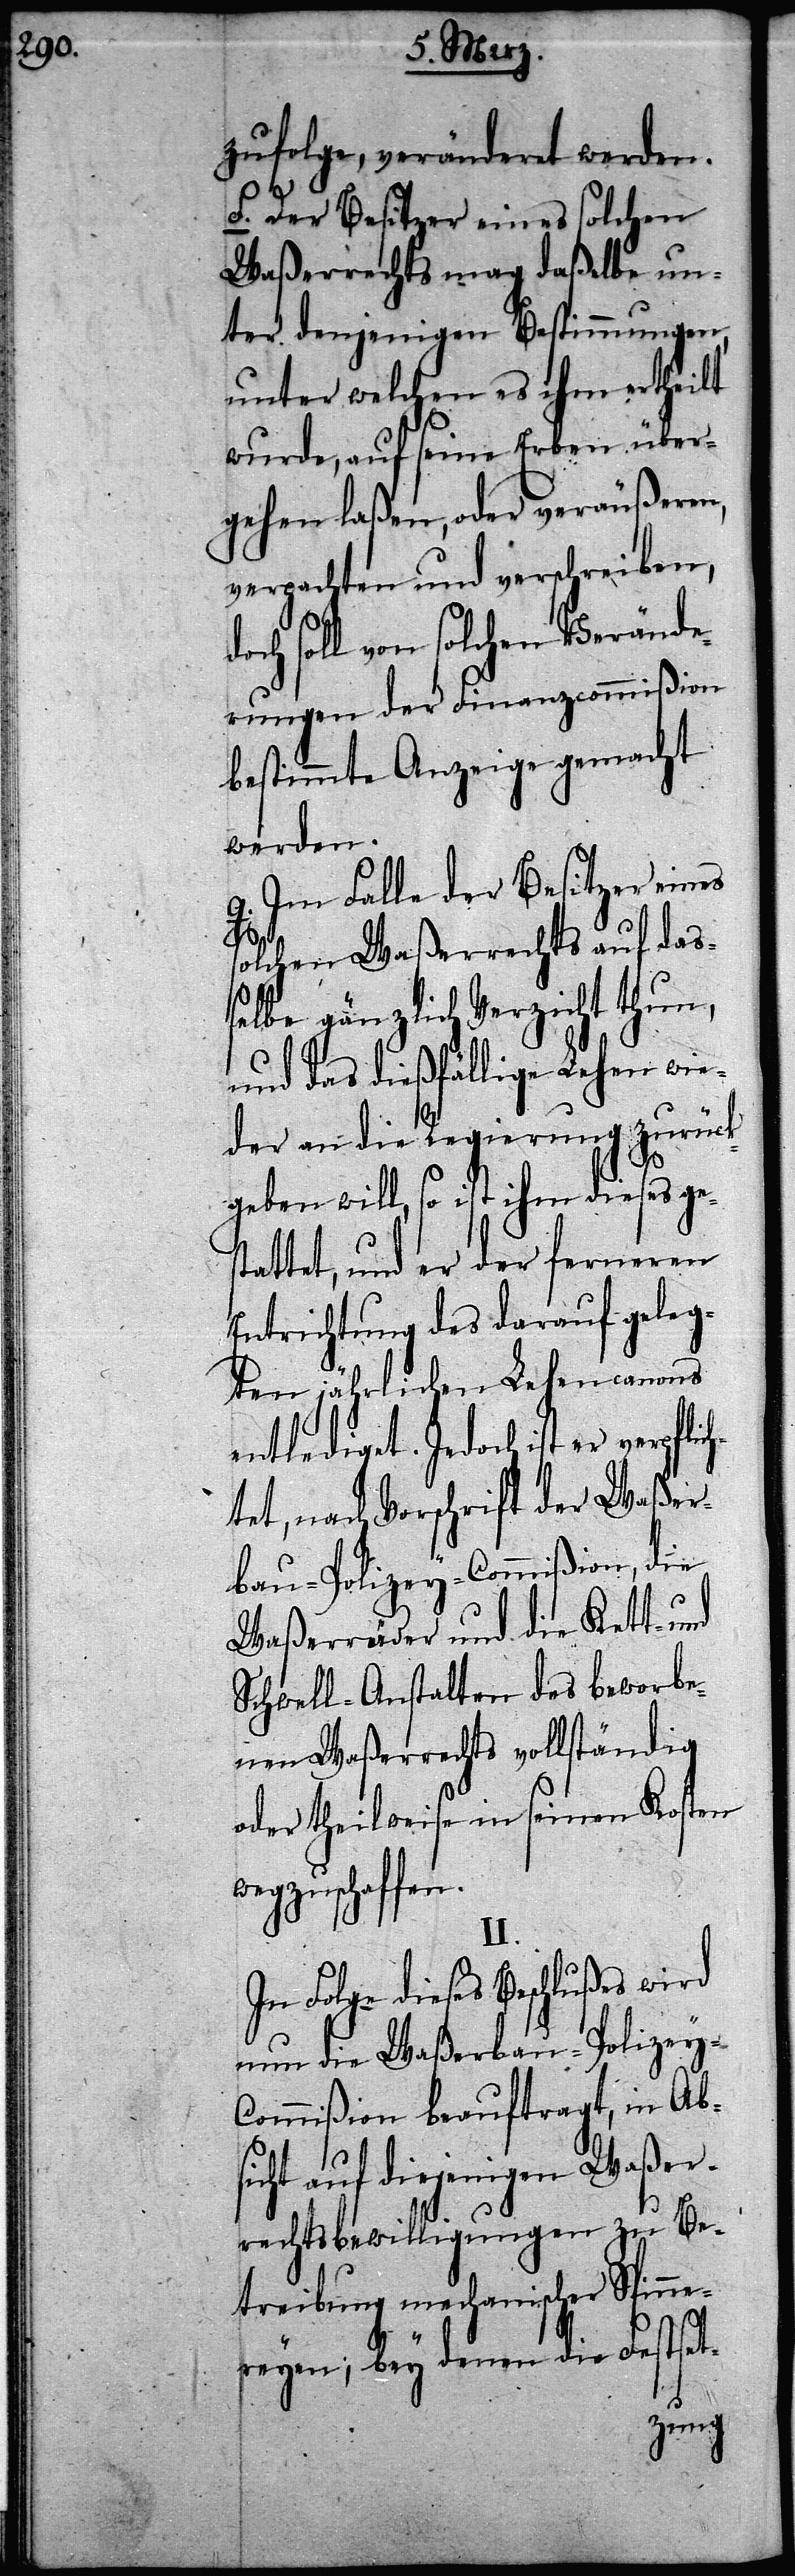
zufolge, veränderet werden.
f. Der Besitzer eines solchen
Waßerrechts mag daßelbe un¬
ter denjenigen Bestimmungen,
unter welchen es ihm ertheilt
wurde, auf seine Erben über¬
gehen laßen, oder veräußeren,
verpachten und verschreiben,
och soll von solchen Verände¬
rungen der Finanzcommißion
bestimmte Anzeige gemacht
werden.
Im Falle der Besitzer eines
solchen Waßerrechts auf daß¬
elbe gänzlich Verzicht thun,
und das dießfällige Lehen wie¬
der an die Regierung zurück¬
geben will, so ist ihm dieses ge¬
stattet, und er der ferneren
Entrichtung des darauf geleg¬
ten jährlichen Lehencanons
Jedoch ist er verpflic¬
htet, nach Vorschrift der Waßer¬
bau-Polizey-Commißion, die
Waßerräder und die Kett- und
Schwell-Anstalten des beworbe¬
nen Waßerrechts vollständig
oder theilweise in seinen Kosten
wegzuschaffen.
II.
In Folge dieses Beschlußes wird
nun die Waßerbau-Polizey-C¬
ommißion beauftragt, in Abs¬
icht auf diejenigen Waßer¬
rechtsbewilligungen zu Be¬
treibung mechanischer Spinne¬
reyen; bey denen die Festset-